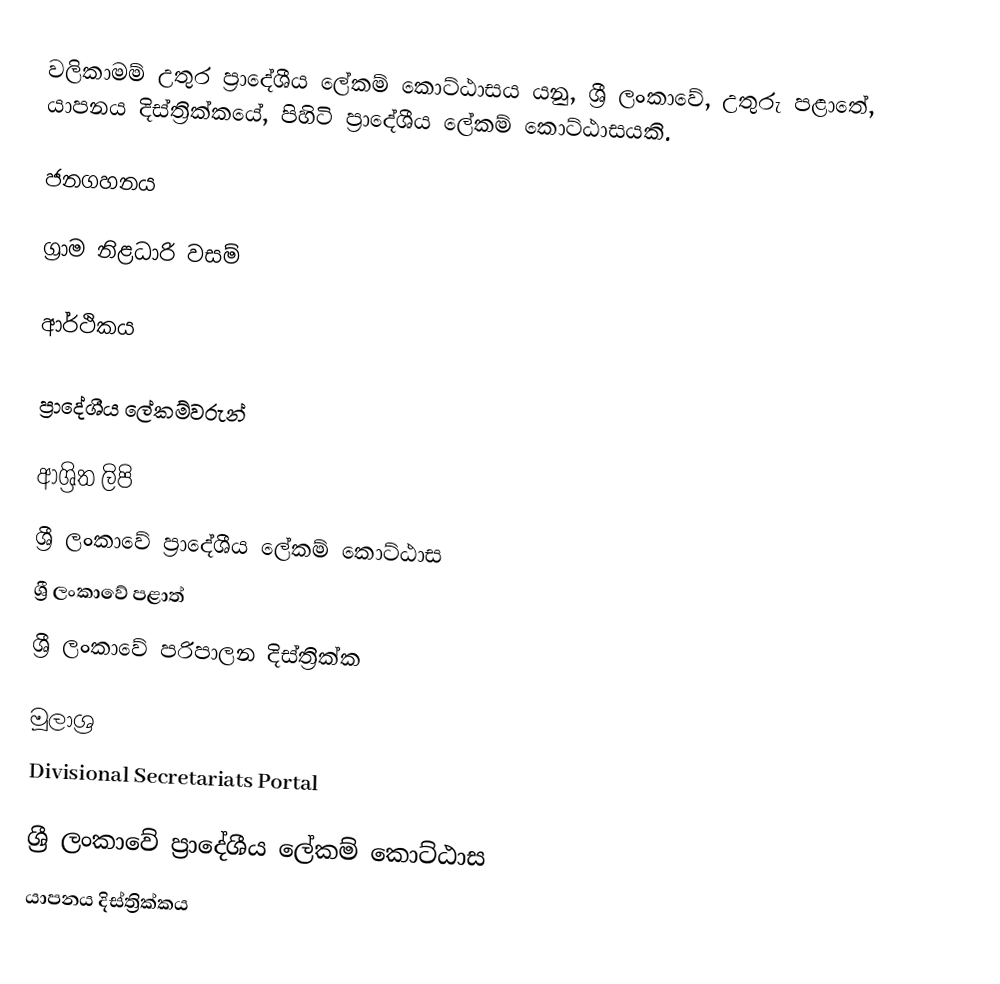
වලිකාමම් උතුර ප්‍රාදේශීය ලේකම් කොට්ඨාසය යනු,  ශ්‍රී ලංකාවේ, උතුරු පළාතේ,   යාපනය දිස්ත්‍රික්කයේ, පිහිටි ප්‍රාදේශීය ලේකම් කොට්ඨාසයකි.

ජනගහනය

ග්‍රාම නිළධාරි වසම්

ආර්ථිකය

ප්‍රාදේශීය ලේකම්වරුන්

ආශ්‍රිත ලිපි
ශ්‍රී ලංකාවේ ප්‍රාදේශීය ලේකම් කොට්ඨාස
ශ්‍රී ලංකාවේ පළාත්
ශ්‍රී ලංකාවේ පරිපාලන දිස්ත්‍රික්ක

මූලාශ්‍ර
 Divisional Secretariats Portal

ශ්‍රී ලංකාවේ ප්‍රාදේශීය ලේකම් කොට්ඨාස
යාපනය දිස්ත්‍රික්කය